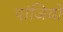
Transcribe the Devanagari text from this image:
पांजियों